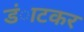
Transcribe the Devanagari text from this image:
डंाटकर